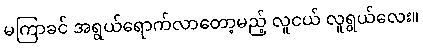
မကြာခင် အရွယ်ရောက်လာတော့မည့် လူငယ် လူရွယ်လေး။